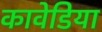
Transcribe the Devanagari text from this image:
कावेडिया